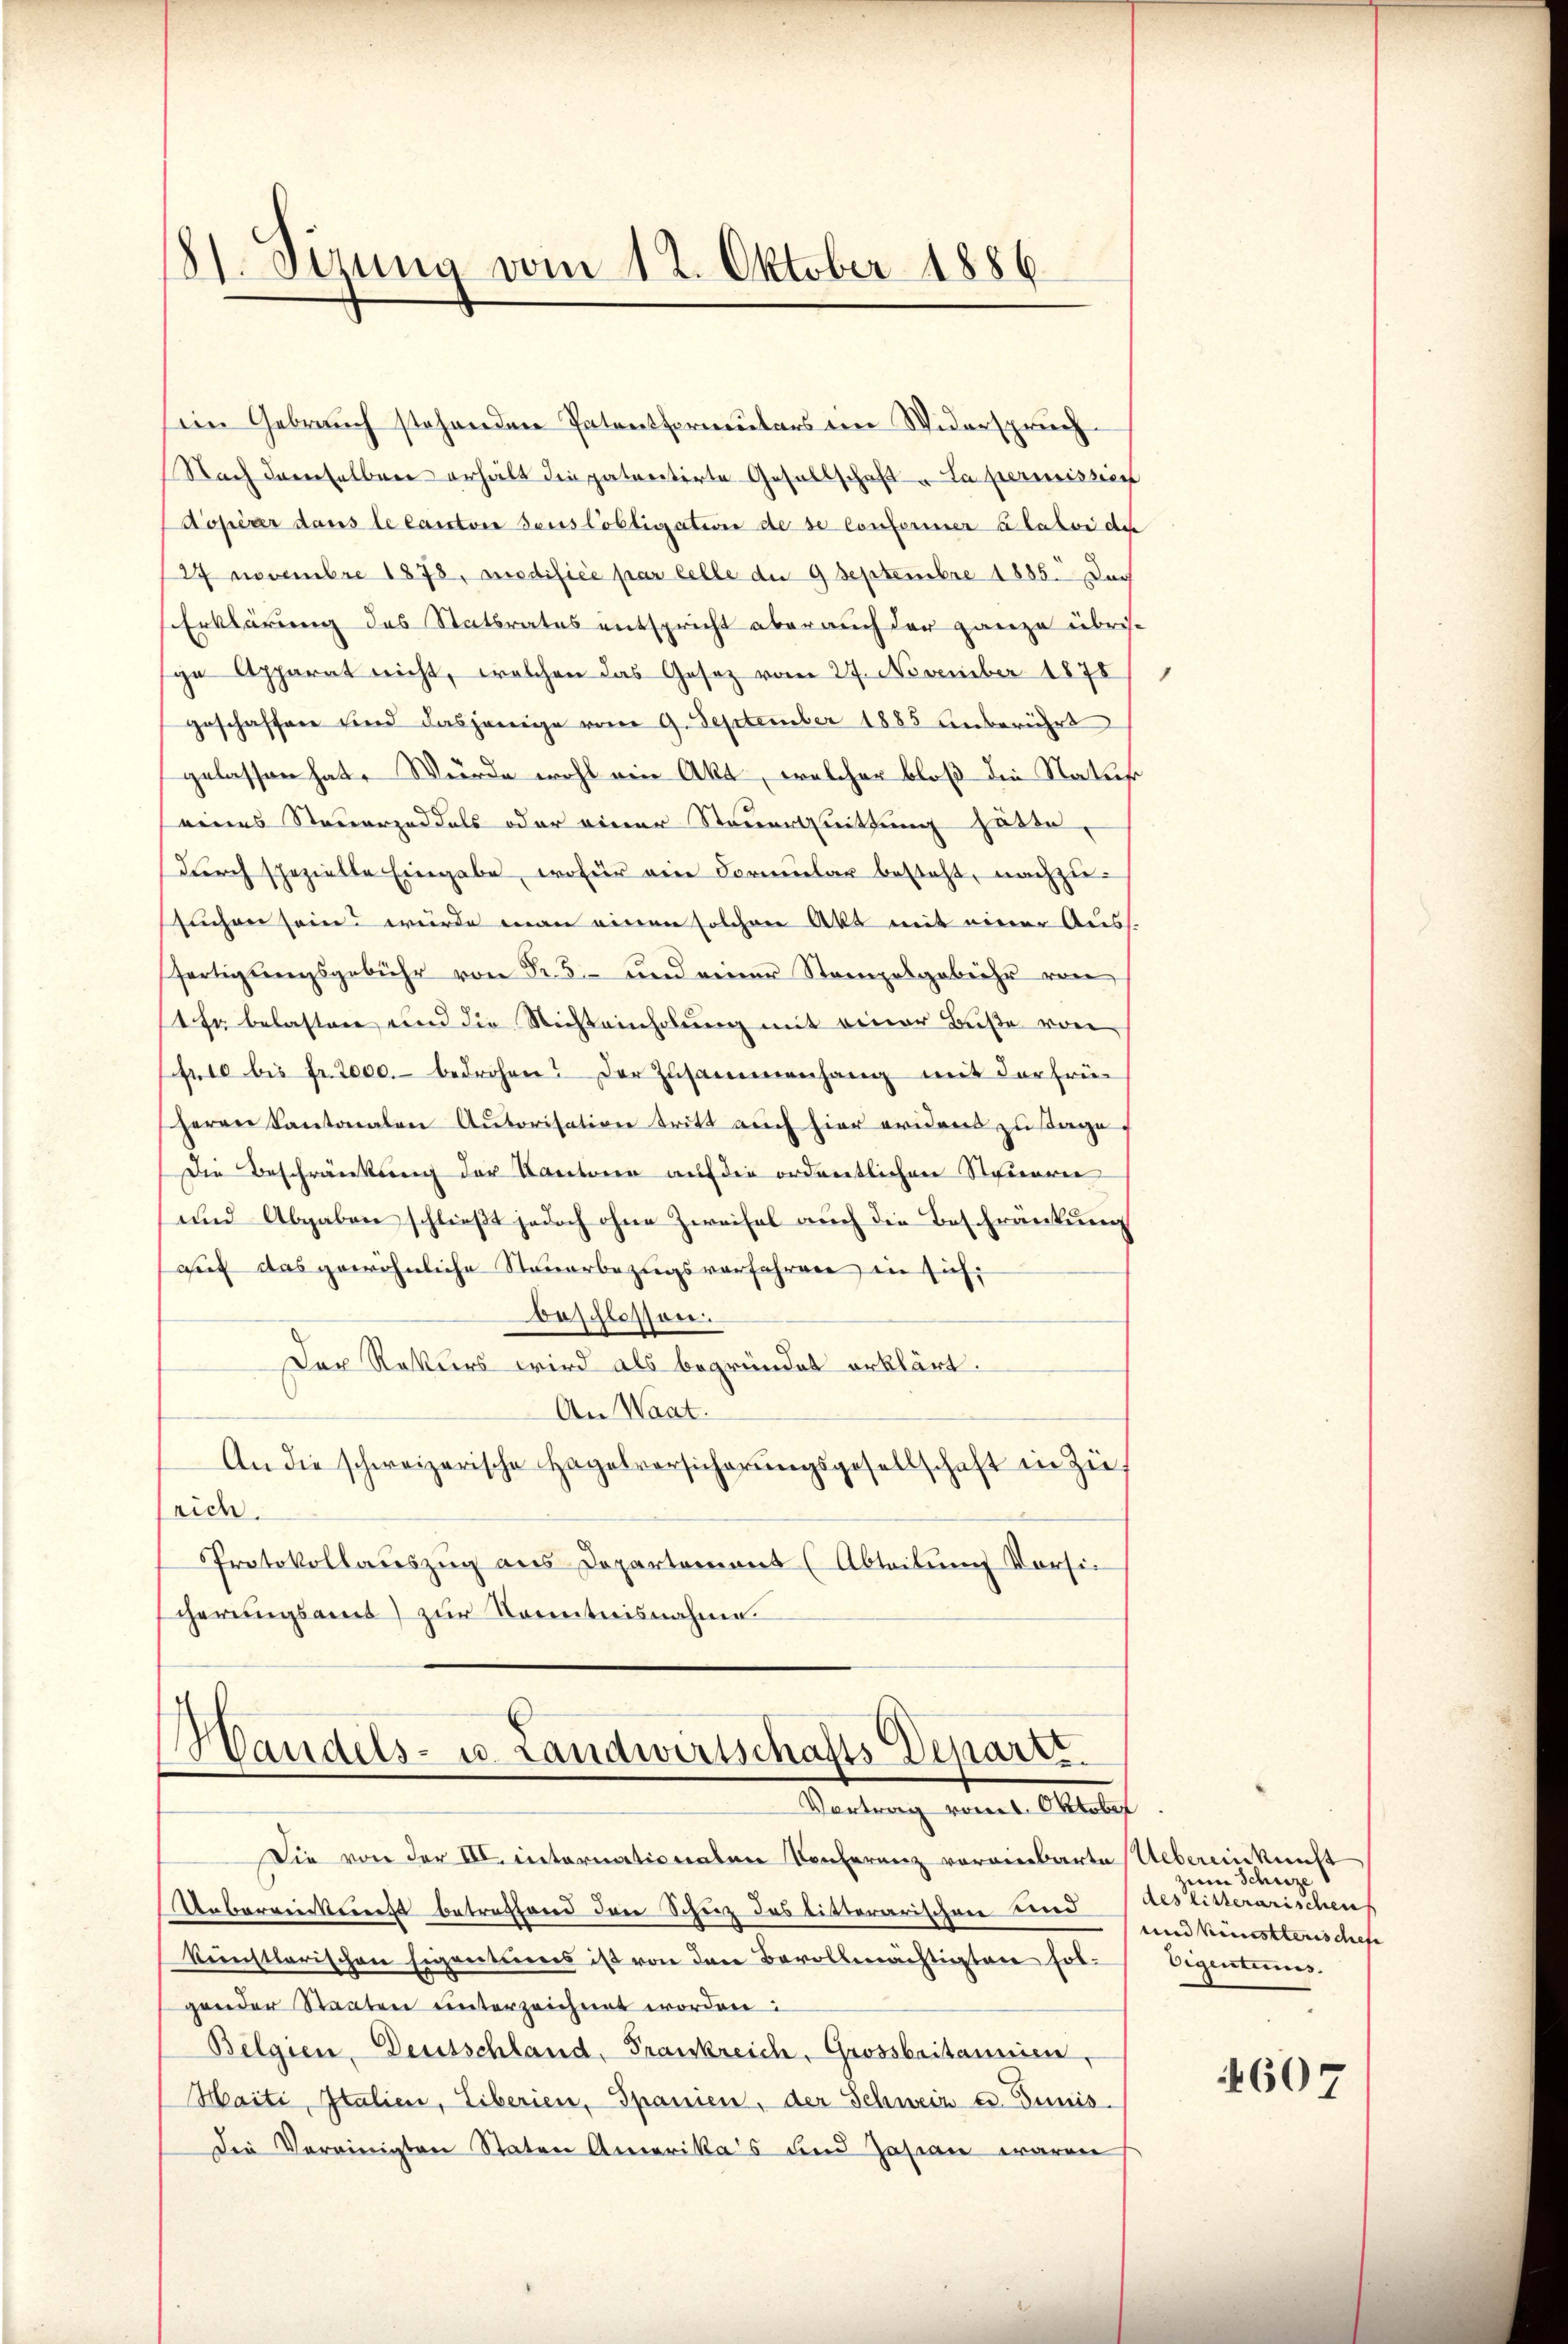
8) Sirung vom 12. Oktober 1886.

eim Gebrauch stehenden Patentformulars eine Widerspruch
Nach demselben erhält die patentirte Gesellschaft La permissi
Aopérer dans le canton deus lobligation de se Conferiner à lator der
27 Novembre 1878, modifiée par celle die 9 Septembre 1885. Doch
Erklärung des Statbrates entspricht aber auch der ganze übris
ge Apparat nicht, welchen das Gesez vom 27. November 1878/
geschaffen sind dasjenige vom 9. September 1885 unberührt
gelassen hat. Würde wohl ein Akt, welcher bloß die Natur
eines Steuerzeddels oder einer Steuerquittung hätte,
dŭrch spezielle Eingabe, wofür ein Formular besteht, nachzu-
suchen sein? wurde man einen solchen Akt mit einer Auss.
fertigŭngsgebühr von Fr. 5.- und einer Stampelgebühr von
1 Er belasten und die Nichteinholung mit einer Buße von
fr10 bis Fr. 2000.- bedrohen? Der Zusammenhang mit der früherrn Kantonalen Autorisation tritt auch hier evidend zu sage,
Die Beschränkung der Kantone auf die ordentlichen Steuerer
und Abgaben schließt jedoch ohne Zweifel auch die Beschränkung
auf das gewöhnliche Steuerbezugsverfahren in sich,
beschlossen.
Der Rekurs wird als begründet erklärt.
An Waat.
An die schweizerische Hagelversicherŭngsgesellschaft in Zürich.
Protokollauszug aus Departement (Abteilung Vorsie
cherungsamt zur Kenntnisnahme.

Handels- u. Landwirtschafts Departe
Vertrag vom 1. Oktober

Die von der III. internationaten Konferenz voreinbarte Uebereinkunft
Uebereinkung betreffend den Schuz des litterarischen und
künstlerischen Eigentieres ist von den Bevollmächtigten fol-
gender Staaten unterzeichnet worden:
Belgien, Deutschland, Frankreich, Grossbritannien,
Haiti, Italien, Liberien, Spanien, der Schweiz u. Dunis.
Die Vereinigten Staten Amerika’s und Zasian waren

zum Schuze
des litterarischen
und künstlerischefe
Eigentinis

607